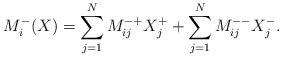
LaTeX: \begin{align*} M_i^{-}( X) =\sum_{j=1}^N M_{ij}^{-+} X_j^+ + \sum_{j=1}^N M_{ij}^{--} X_j^- .\end{align*}